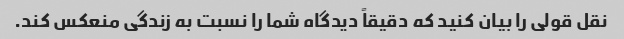
نقل قولی را بیان کنید که دقیقاً دیدگاه شما را نسبت به زندگی منعکس کند.